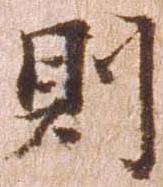
則